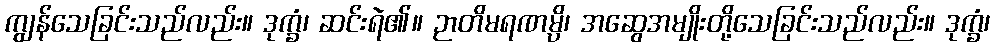
ကျွန်သေခြင်းသည်လည်း။ ဒုက္ခံ၊ ဆင်းရဲ၏။ ဉာတိမရဏမ္ပိ၊ အဆွေအမျိုးတို့သေခြင်းသည်လည်း။ ဒုက္ခံ၊